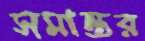
সমান্তর